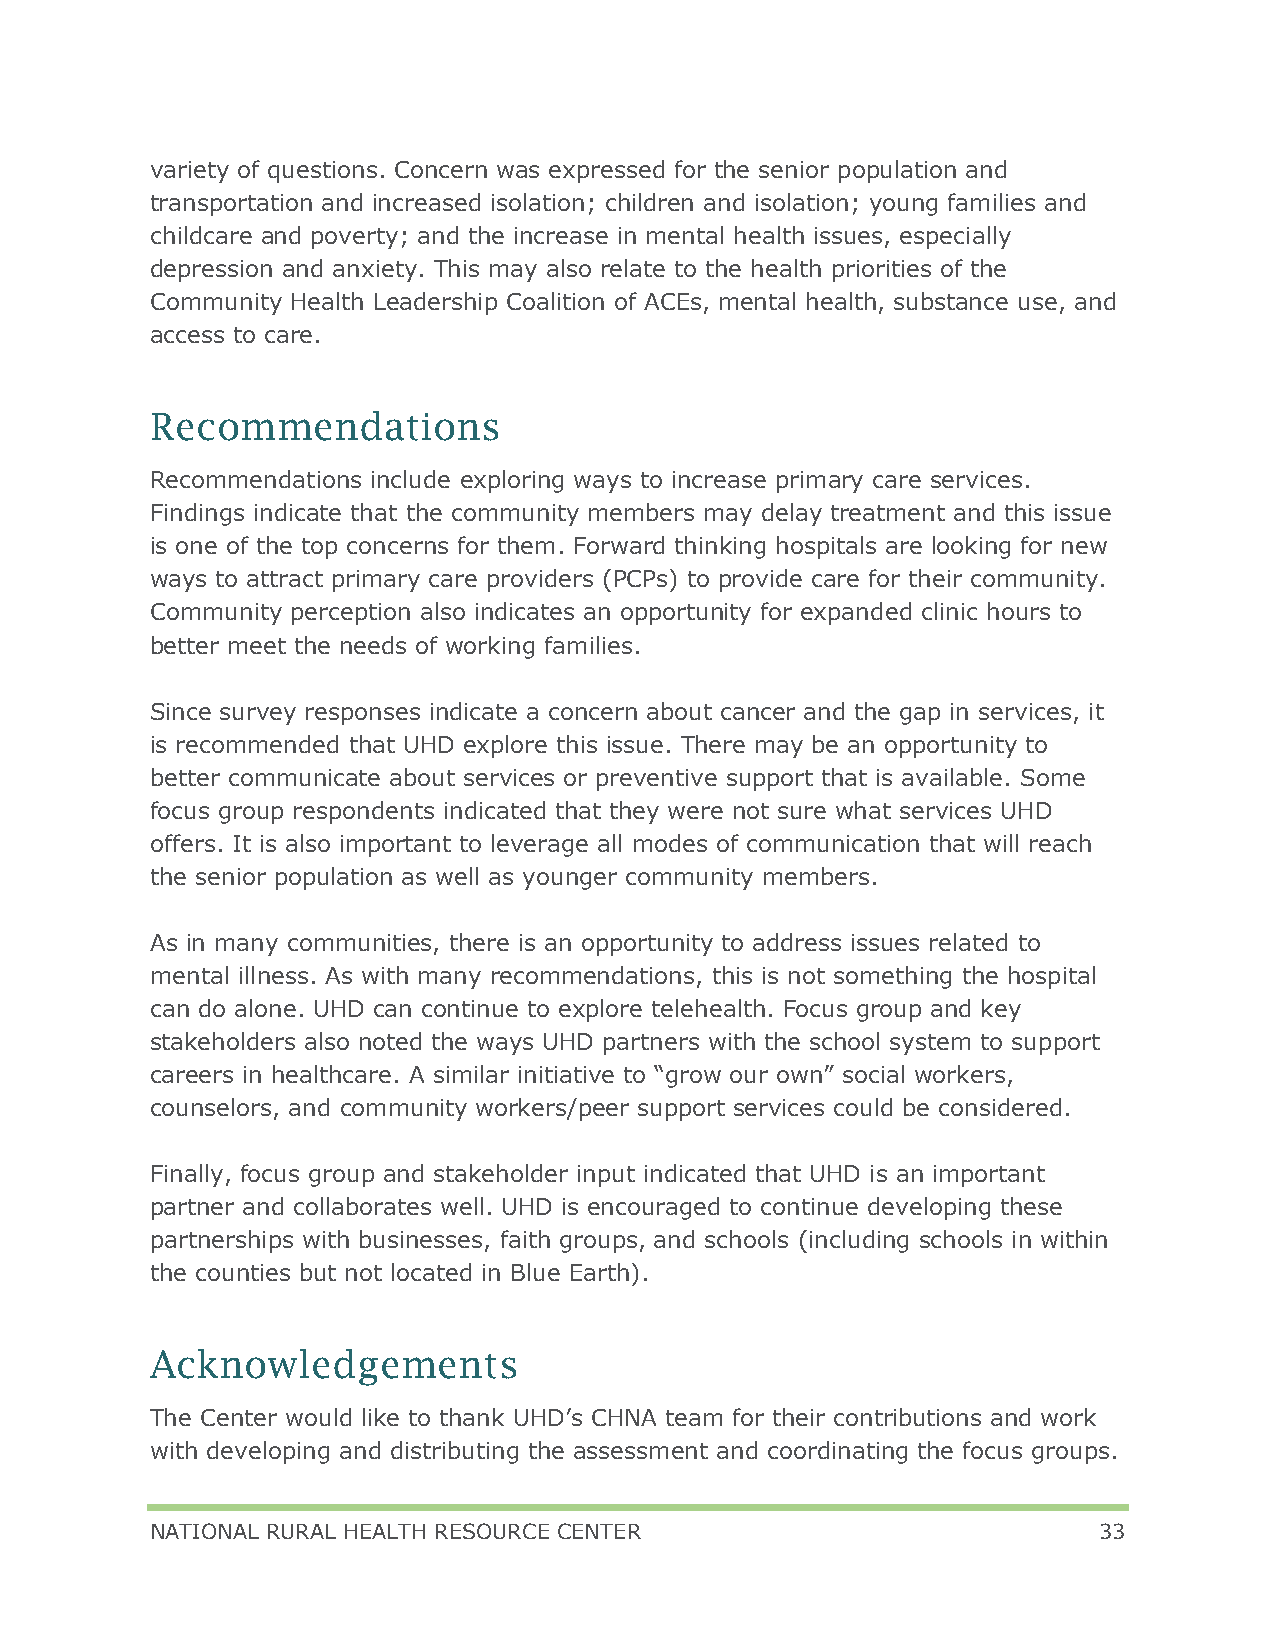
variety of questions. Concern was expressed for the senior population and
 transportation and increased isolation; children and isolation; young families and
 childcare and poverty; and the increase in mental health issues, especially
 depression and anxiety. This may also relate to the health priorities of the
 Community Health Leadership Coalition of ACEs, mental health, substance use, and
 access to care.
 Recommendations
 Recommendations include exploring ways to increase primary care services.
 Findings indicate that the community members may delay treatment and this issue
 is one of the top concerns for them. Forward thinking hospitals are looking for new
 ways to attract primary care providers (PCPs) to provide care for their community.
 Community perception also indicates an opportunity for expanded clinic hours to
 better meet the needs of working families.
 Since survey responses indicate a concern about cancer and the gap in services, it
 is recommended that UHD explore this issue. There may be an opportunity to
 better communicate about services or preventive support that is available. Some
 focus group respondents indicated that they were not sure what services UHD
 offers. It is also important to leverage all modes of communication that will reach
 the senior population as well as younger community members.
 As in many communities, there is an opportunity to address issues related to
 mental illness. As with many recommendations, this is not something the hospital
 can do alone. UHD can continue to explore telehealth. Focus group and key
 stakeholders also noted the ways UHD partners with the school system to support
 careers in healthcare. A similar initiative to “grow our own” social workers,
 counselors, and community workers/peer support services could be considered.
 Finally, focus group and stakeholder input indicated that UHD is an important
 partner and collaborates well. UHD is encouraged to continue developing these
 partnerships with businesses, faith groups, and schools (including schools in within
 the counties but not located in Blue Earth).
 Acknowledgements
 The Center would like to thank UHD’s CHNA team for their contributions and work
 with developing and distributing the assessment and coordinating the focus groups.
 NATIONAL RURAL HEALTH RESOURCE CENTER                          33